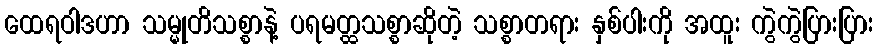
ထေရဝါဒဟာ သမ္မုတိသစ္စာနဲ့ ပရမတ္ထသစ္စာဆိုတဲ့ သစ္စာတရား နှစ်ပါးကို အထူး ကွဲကွဲပြားပြား